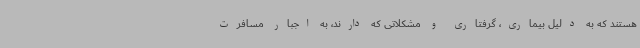
هستند که به دلیل بیماری، گرفتاری و مشکلاتی که دارند، به اجبار مسافرت